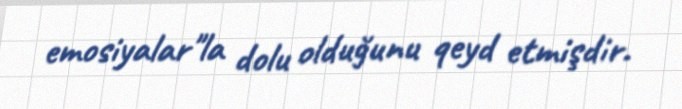
emosiyalar"la dolu olduğunu qeyd etmişdir.